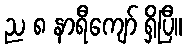
ည ၈ နာရီကျော် ရှိပြီ။